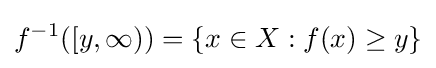
f^{-1}([y,\infty ))=\{x\in X:f(x)\geq y\}